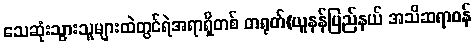
သေဆုံးသွားသူများထဲတွင်ရဲအရာရှိတစ် တရုတ်(ယူနန်ပြည်နယ် အသိဆရာဝန်